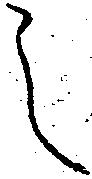
之